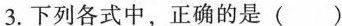
3.下列各式中，正确的是()